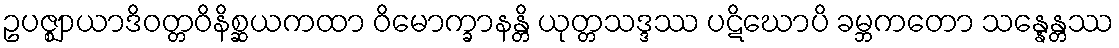
ဥပဇ္ဈာယာဒိဝတ္တဝိနိစ္ဆယကထာ ဝိမောက္ခာနန္တိ ယုတ္တသဒ္ဒဿ ပဋိဃောပိ ခမ္ဘကတော သန္နေန္တဿ